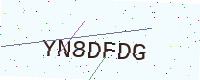
Text: YN8DFDG